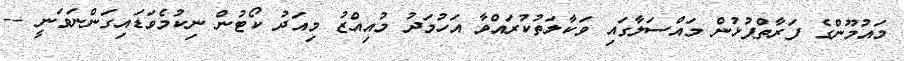
މައުމޫންގެ ފަރާތްޕުޅުން މައްސަލާގައި ވަކާލަތުކުރައްވާ އަހުމަދު މުއިއްޒު މިއަދު ކޯޓުން ނިކުމެވަޑައިގަންނަވަނީ --